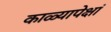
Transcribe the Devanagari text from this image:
काळ्यापेक्षां